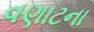
વણાટના